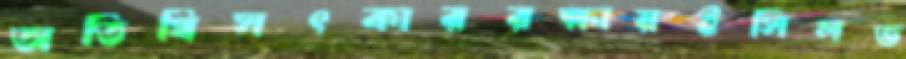
অতিথিসৎকাররক্ষায়ইসিলভ